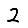
Digit: 2